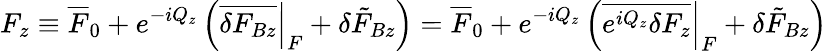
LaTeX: F_{z}\equiv\overline{{F}}_{0}+e^{-iQ_{z}}\left(\overline{{\delta F_{Bz}}}\Big|_{F}+\delta\tilde{F}_{Bz}\right)=\overline{{F}}_{0}+e^{-iQ_{z}}\left(\left.\overline{{e^{iQ_{z}}\delta F_{z}}}\right|_{F}+\delta\tilde{F}_{Bz}\right)